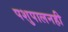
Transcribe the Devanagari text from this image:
पशुपालनही